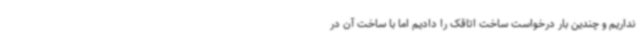
نداریم و چندین بار درخواست ساخت اتاقک را دادیم اما با ساخت آن در